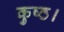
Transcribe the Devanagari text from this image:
कुष्ठ।